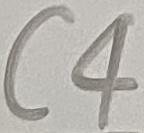
Text: C4